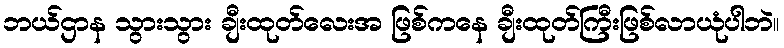
ဘယ်ဌာန သွားသွား ချီးထုတ်လေးအ ဖြစ်ကနေ ချီးထုတ်ကြီးဖြစ်လာယုံပါဘဲ။